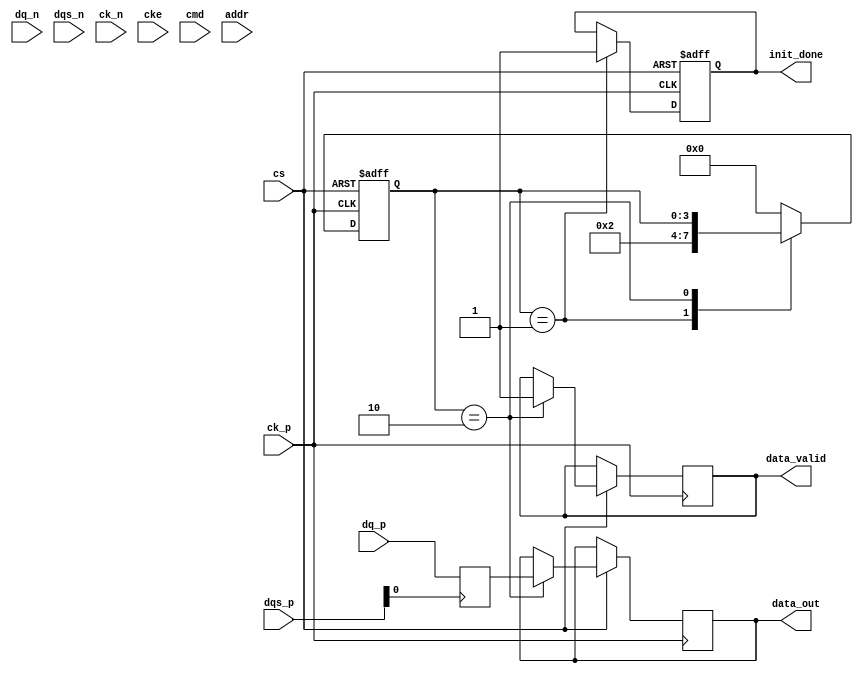
module gddr5x_io_block (
    // Differential Data Signals
    input  wire [15:0] dq_p,     // Positive data lines
    input  wire [15:0] dq_n,     // Negative data lines
    input  wire [1:0]  dqs_p,    // Positive DQS signals
    input  wire [1:0]  dqs_n,    // Negative DQS signals

    // Clock Signals
    input  wire ck_p,            // Positive clock signal
    input  wire ck_n,            // Negative clock signal

    // Command Signals
    input  wire cs,              // Chip Select
    input  wire cke,             // Clock Enable
    input  wire [15:0] cmd,      // Command signals
    input  wire [15:0] addr,     // Address signals

    // Control Signals
    output reg [15:0] data_out,  // Data output
    output reg data_valid,        // Data valid signal
    output reg init_done          // Initialization done signal
);

// Parameters for timing control
parameter SETUP_TIME = 5;       // Setup time in ns
parameter HOLD_TIME = 2;         // Hold time in ns

// Internal signals
reg [15:0] data_in;
reg [3:0] state;
localparam IDLE = 0, INIT = 1, ACTIVE = 2;

// Initialization sequence
always @(posedge ck_p or negedge cs) begin
    if (!cs) begin
        state <= INIT;
        init_done <= 0;
    end else begin
        case (state)
            INIT: begin
                // Perform initialization tasks
                // (e.g., setting up registers, waiting for stable conditions)
                init_done <= 1; // Indicate initialization is complete
                state <= ACTIVE;
            end
            ACTIVE: begin
                // Normal operation
                // Read/Write operations would be handled here
                data_out <= data_in; // Example of data output
                data_valid <= 1;      // Indicate data is valid
            end
            default: state <= IDLE;
        endcase
    end
end

// Data input handling (simplified)
always @(posedge dqs_p[0]) begin
    // Sample data on DQS rising edge
    data_in <= {dq_p[15:0]}; // Capture data from DQ lines
end

// Power management and state control (simplified)
always @(posedge ck_p) begin
    if (cke) begin
        // Enable operations based on CKE
        // Implement power state management here
    end
end

endmodule